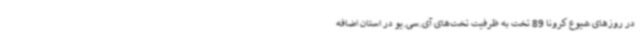
در روزهای شیوع کرونا 89 تخت به ظرفیت تخت‌های آی.سی.یو در استان اضافه